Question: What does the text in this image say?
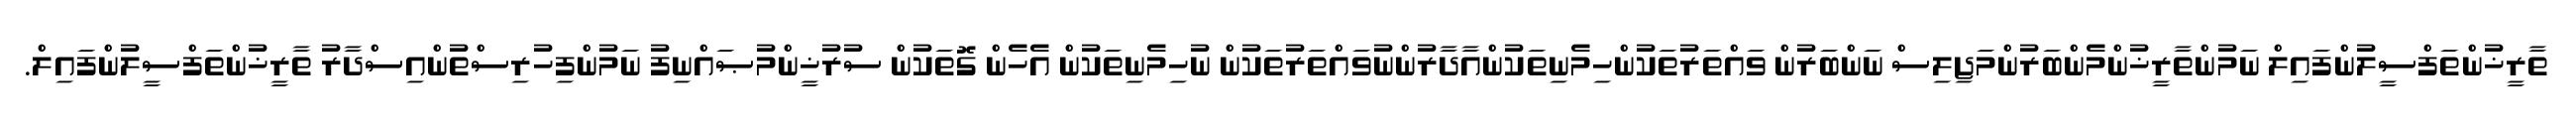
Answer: ތާރީޚުންތަފްސީލުންފައިލް ނަމުންތާރީޚުންމެންބަރުންމަޖިލިސް ނަންބަރުން ވައްތަރުތަކުންހިމެނިތަކުންއާދާރުންނުވައްތަރުތަކުން ނުހިމެނިތަކުން އެހެން ގޮތަކުން ސުރުޚީންމުޞައްނިފު ނަމުންފިހުރިސްތުންއިސްދާރު ތާރީޚުންތަފްސީލުންފައިލް.